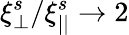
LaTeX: \xi_{\perp}^{s}/\xi_{||}^{s}\rightarrow 2